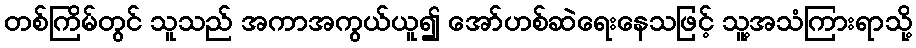
တစ်ကြိမ်တွင် သူသည် အကာအကွယ်ယူ၍ အော်ဟစ်ဆဲရေးနေသဖြင့် သူ့အသံကြားရာသို့